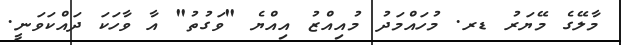
މާލޭގެ މޭޔަރު ޑރ. މުހައްމަދު މުއިއްޒު އިއްޔެ "ވަގުތު" އާ ވާހަކަ ދައްކަވަނީ.